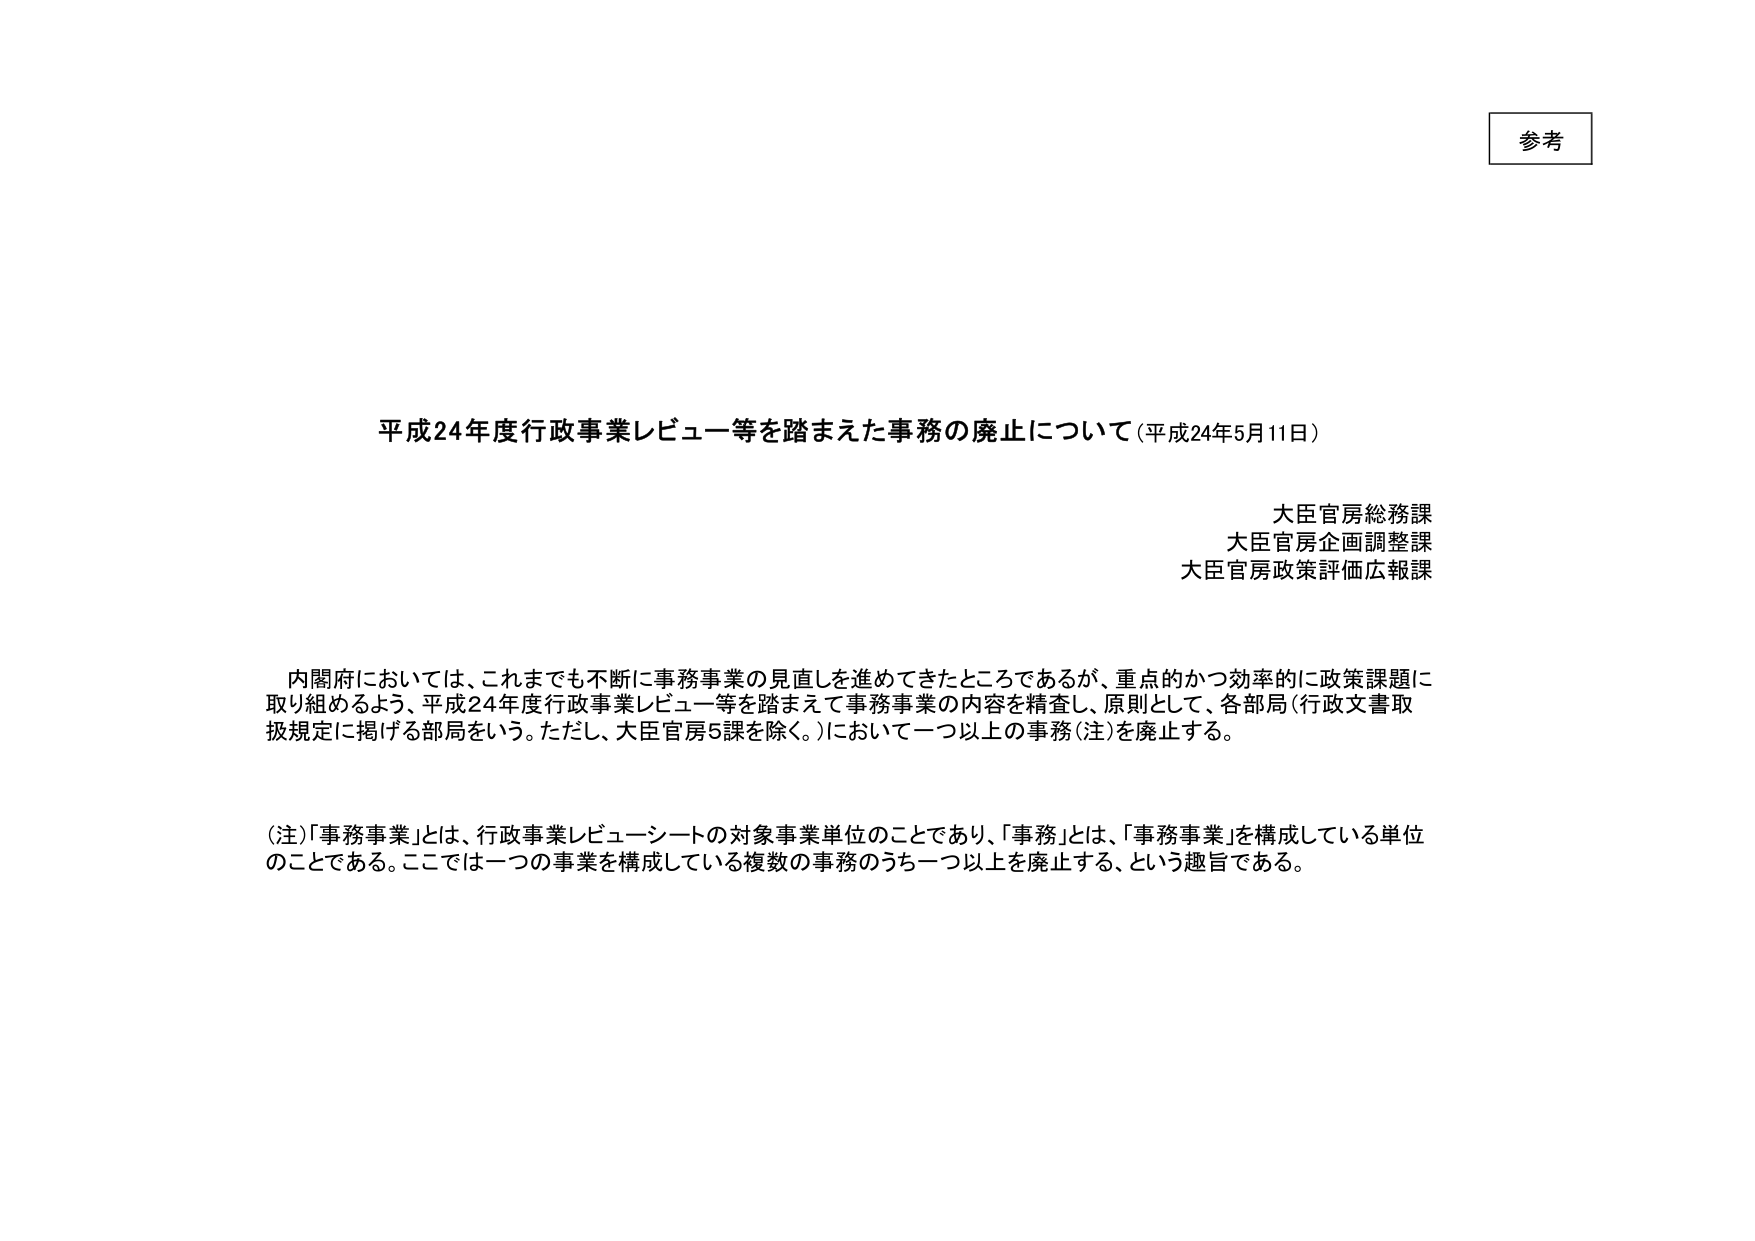
参考

平成24年度行政事業レビュー等を踏まえた事務の廃止について（平成24年5月11日）

大臣官房総務課
大臣官房企画調整課
大臣官房政策評価広報課

内閣府においては、これまでも不断に事務事業の見直しを進めてきたところであるが、重点的かつ効率的に政策課題に取り組めるよう、平成24年度行政事業レビュー等を踏まえて事務事業の内容を精査し、原則として、各部局（行政文書取扱規定に掲げる部局をいう。ただし、大臣官房5課を除く。）において一つ以上の事務（注）を廃止する。

（注）「事務事業」とは、行政事業レビューーシートの対象事業単位のことであり、「事務」とは、「事務事業」を構成している単位のことである。ここでは一つの事業を構成している複数の事務のうち一つ以上を廃止する、という趣旨である。